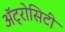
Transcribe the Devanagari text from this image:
अॅट्रोसिटी